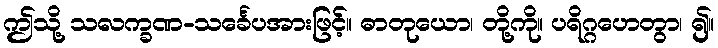
ဤသို့ သလက္ခဏ-သင်္ခေပအားဖြင့်။ ဓာတုယော၊ တို့ကို။ ပရိဂ္ဂဟေတွာ၊ ၍။